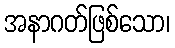
အနာဂတ်ဖြစ်သော၊